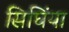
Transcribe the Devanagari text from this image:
सिघिंया